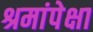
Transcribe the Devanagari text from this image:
श्रमांपेक्षा